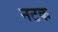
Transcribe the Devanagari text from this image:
नटक